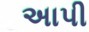
અાપી